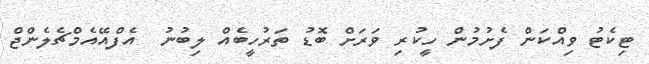
ޓިކެޓު ވިއްކަން ފެށުމުން ހީކުރި ވަރަށް ބޮޑު ތަރުހީބެއް ލިބުނު  އެފްއޭއެމްޗެލެންޖް